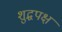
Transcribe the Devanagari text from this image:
शुद्धपक्ष